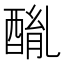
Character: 𨡦